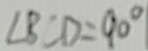
\angle B C D = 9 0 ^ { \circ }